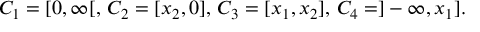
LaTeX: C _ { 1 } = [ 0 , \infty [ , \, C _ { 2 } = [ x _ { 2 } , 0 ] , \, C _ { 3 } = [ x _ { 1 } , x _ { 2 } ] , \, C _ { 4 } = ] - \infty , x _ { 1 } ] .